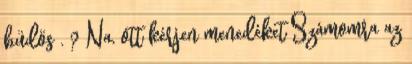
büdös . ? Na, ott kérjen menedéket Számomra az